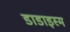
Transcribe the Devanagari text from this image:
डाडाइस्म